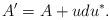
LaTeX: \begin{align*}A' = A +u d u^{*}. \end{align*}